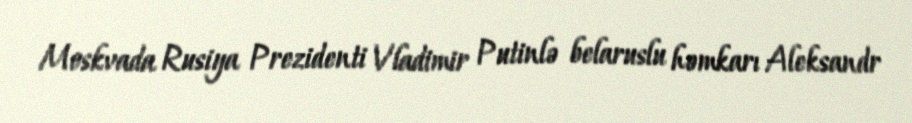
Moskvada Rusiya Prezidenti Vladimir Putinlə belaruslu həmkarı Aleksandr